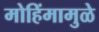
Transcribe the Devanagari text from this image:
मोहिंमामुळे